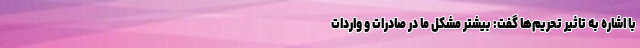
با اشاره به تاثیر تحریم‌ها گفت:‌ بیشتر مشکل ما در صادرات و واردات